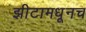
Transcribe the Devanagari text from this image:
झीटामधूनच